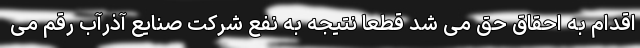
اقدام به احقاق حق می ‌شد قطعاً نتیجه به نفع شرکت صنایع آذرآب رقم می‌